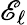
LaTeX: \mathscr{E}_{\ell}